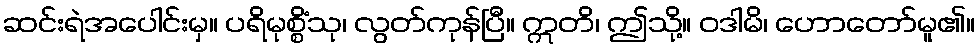
ဆင်းရဲအပေါင်းမှ။ ပရိမုစ္စိံသု၊ လွတ်ကုန်ပြီ။ ဣတိ၊ ဤသို့။ ဝဒါမိ၊ ဟောတော်မူ၏။